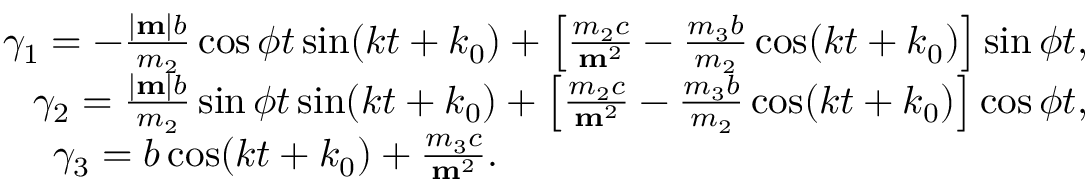
\begin{array} { r } { \gamma _ { 1 } = - \frac { | { \bf m } | b } { m _ { 2 } } \cos \phi t \sin ( k t + k _ { 0 } ) + \left[ \frac { m _ { 2 } c } { { \bf m } ^ { 2 } } - \frac { m _ { 3 } b } { m _ { 2 } } \cos ( k t + k _ { 0 } ) \right] \sin \phi t , } \\ { \gamma _ { 2 } = \frac { | { \bf m } | b } { m _ { 2 } } \sin \phi t \sin ( k t + k _ { 0 } ) + \left[ \frac { m _ { 2 } c } { { \bf m } ^ { 2 } } - \frac { m _ { 3 } b } { m _ { 2 } } \cos ( k t + k _ { 0 } ) \right] \cos \phi t , } \\ { \gamma _ { 3 } = b \cos ( k t + k _ { 0 } ) + \frac { m _ { 3 } c } { { \bf m } ^ { 2 } } . \qquad \qquad \qquad \qquad \qquad \qquad \qquad \quad } \end{array}